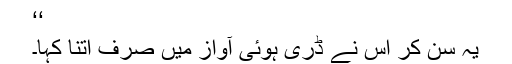
‘‘
یہ سُن کر اس نے ڈری ہوئی آواز میں صرف اتنا کہا۔